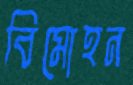
বিমোহন